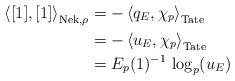
LaTeX: \begin{align*}\left\langle[1], [1] \right \rangle_{\textup{Nek},\rho}&=-\left\langle q_E,\chi_p\right\rangle_{\textup{Tate}}\\&=-\left\langle u_{E},\chi_p \right\rangle_{\textup{Tate}}\\&=E_p(1)^{-1}\,\log_p(u_{E})\end{align*}